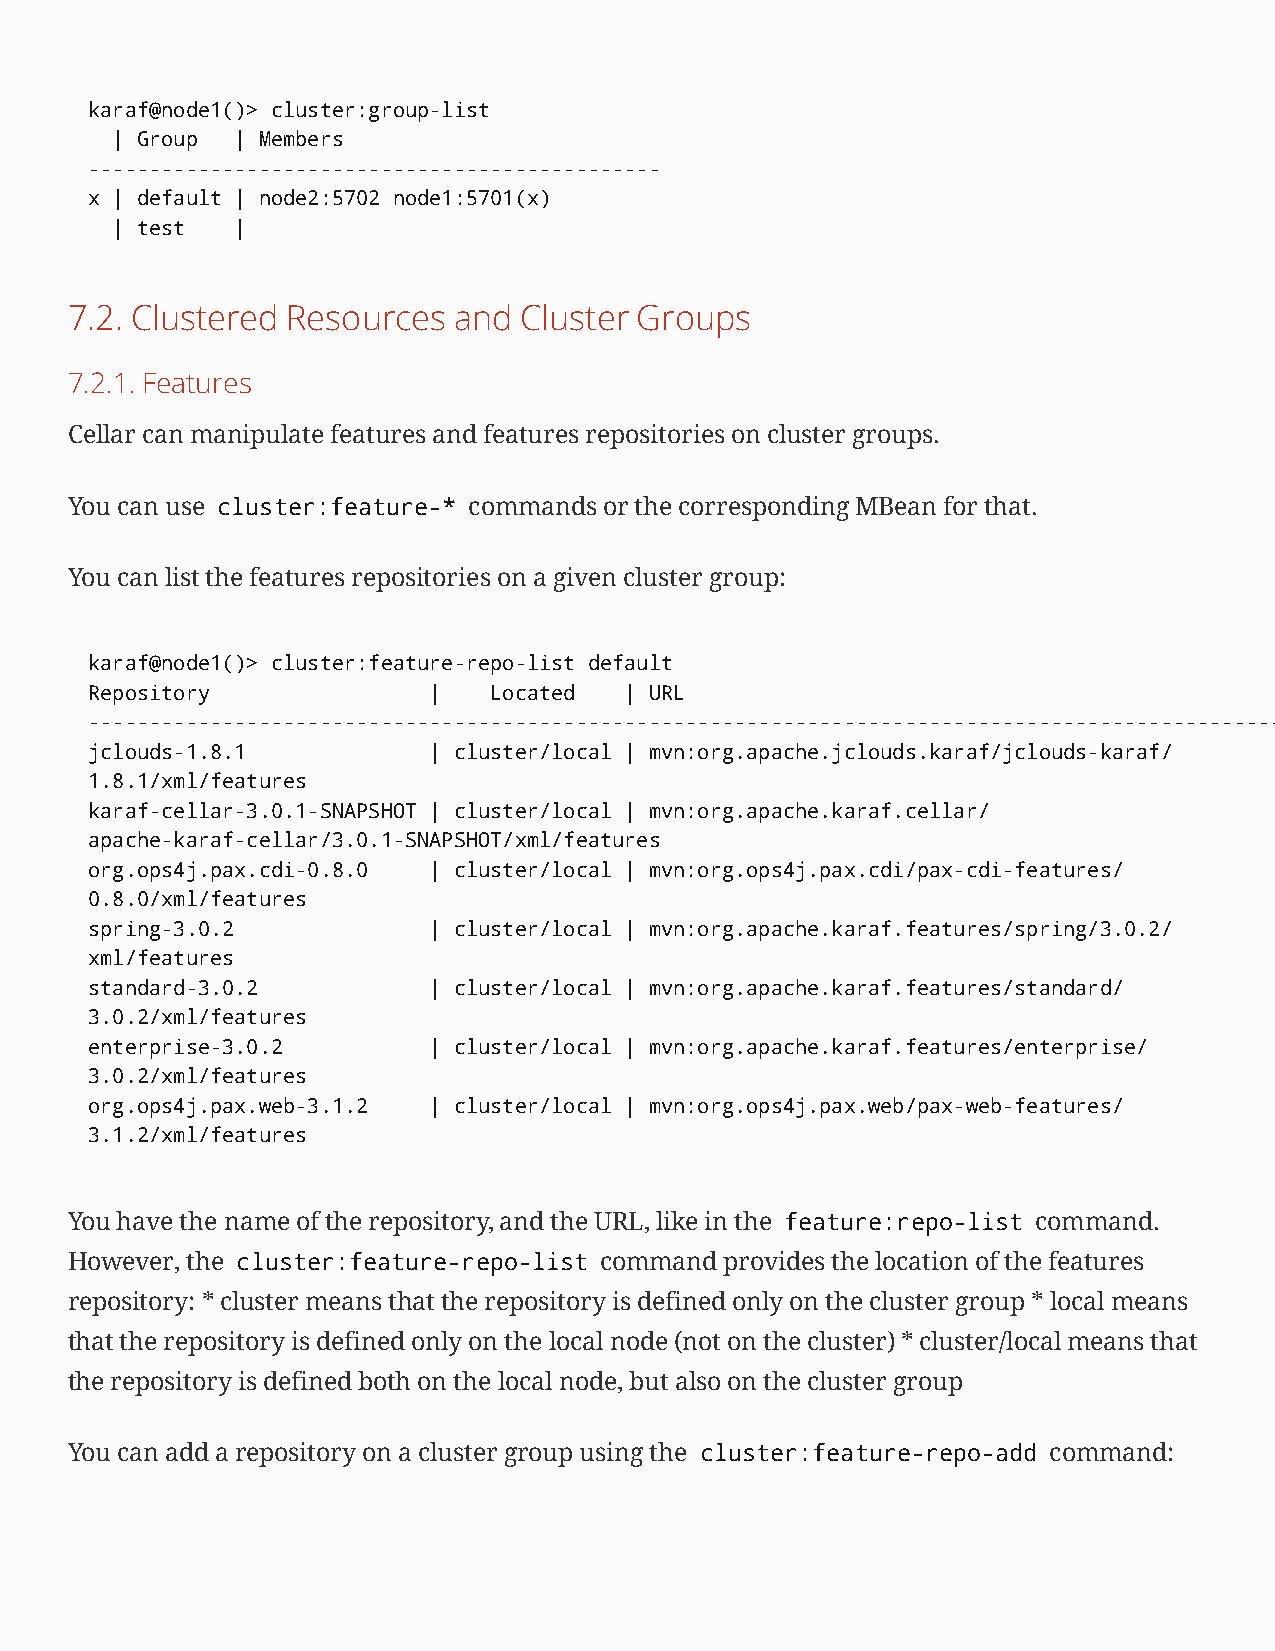
karaf@node1()> cluster:group-list
 | Group  | Members
 -----------------------------------------------
 x | default | node2:5702 node1:5701(x)
 | test   |
 7.2. Clustered Resources  and Cluster Groups
 7.2.1.Features
 Cellar can manipulate features and features repositories on cluster groups.
 You can use cluster:feature-* commands or the corresponding MBean for that.
 You can list the features repositories on a given cluster group:
 karaf@node1()> cluster:feature-repo-list default
 Repository            |   Located  | URL
 -------------------------------------------------------------------------------------------------------------------------
 jclouds-1.8.1         | cluster/local | mvn:org.apache.jclouds.karaf/jclouds-karaf/
 1.8.1/xml/features
 karaf-cellar-3.0.1-SNAPSHOT | cluster/local | mvn:org.apache.karaf.cellar/
 apache-karaf-cellar/3.0.1-SNAPSHOT/xml/features
 org.ops4j.pax.cdi-0.8.0 | cluster/local | mvn:org.ops4j.pax.cdi/pax-cdi-features/
 0.8.0/xml/features
 spring-3.0.2          | cluster/local | mvn:org.apache.karaf.features/spring/3.0.2/
 xml/features
 standard-3.0.2        | cluster/local | mvn:org.apache.karaf.features/standard/
 3.0.2/xml/features
 enterprise-3.0.2      | cluster/local | mvn:org.apache.karaf.features/enterprise/
 3.0.2/xml/features
 org.ops4j.pax.web-3.1.2 | cluster/local | mvn:org.ops4j.pax.web/pax-web-features/
 3.1.2/xml/features
 You have the name of the repository, and the URL, like in the feature:repo-list command.
 However, the cluster:feature-repo-list command provides the location of the features
 repository: * cluster means that the repository is defined only on the cluster group * local means
 that the repository is defined only on the local node (not on the cluster) * cluster/local means that
 the repository is defined both on the local node, but also on the cluster group
 You can add a repository on a cluster group using the cluster:feature-repo-add command: